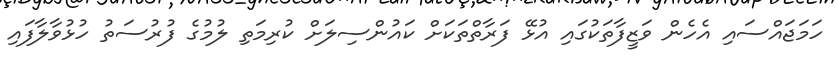
ހަމަޖައްސައި އެހެން ވަޒީފާތަކުގައި އުޅޭ ފަރާތްތަކަށް ކައުންސިލަށް ކުރިމަތި ލުމުގެ ފުރުސަތު ހުޅުވާލާފައި